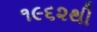
૧૯૬૨થી